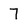
Character: 7